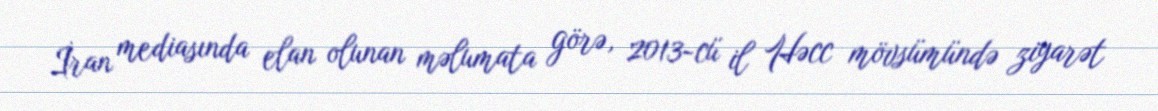
İran mediasında elan olunan məlumata görə, 2013-cü il Həcc mövsümündə ziyarət